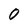
Character: O